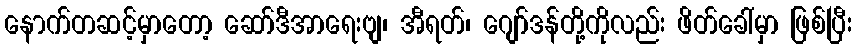
နောက်တဆင့်မှာတော့ ဆော်ဒီအာရေးဗျ၊ အီရတ်၊ ဂျော်ဒန်တို့ကိုလည်း ဖိတ်ခေါ်မှာ ဖြစ်ပြီး